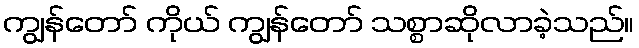
ကျွန်တော် ကိုယ် ကျွန်တော် သစ္စာဆိုလာခဲ့သည်။